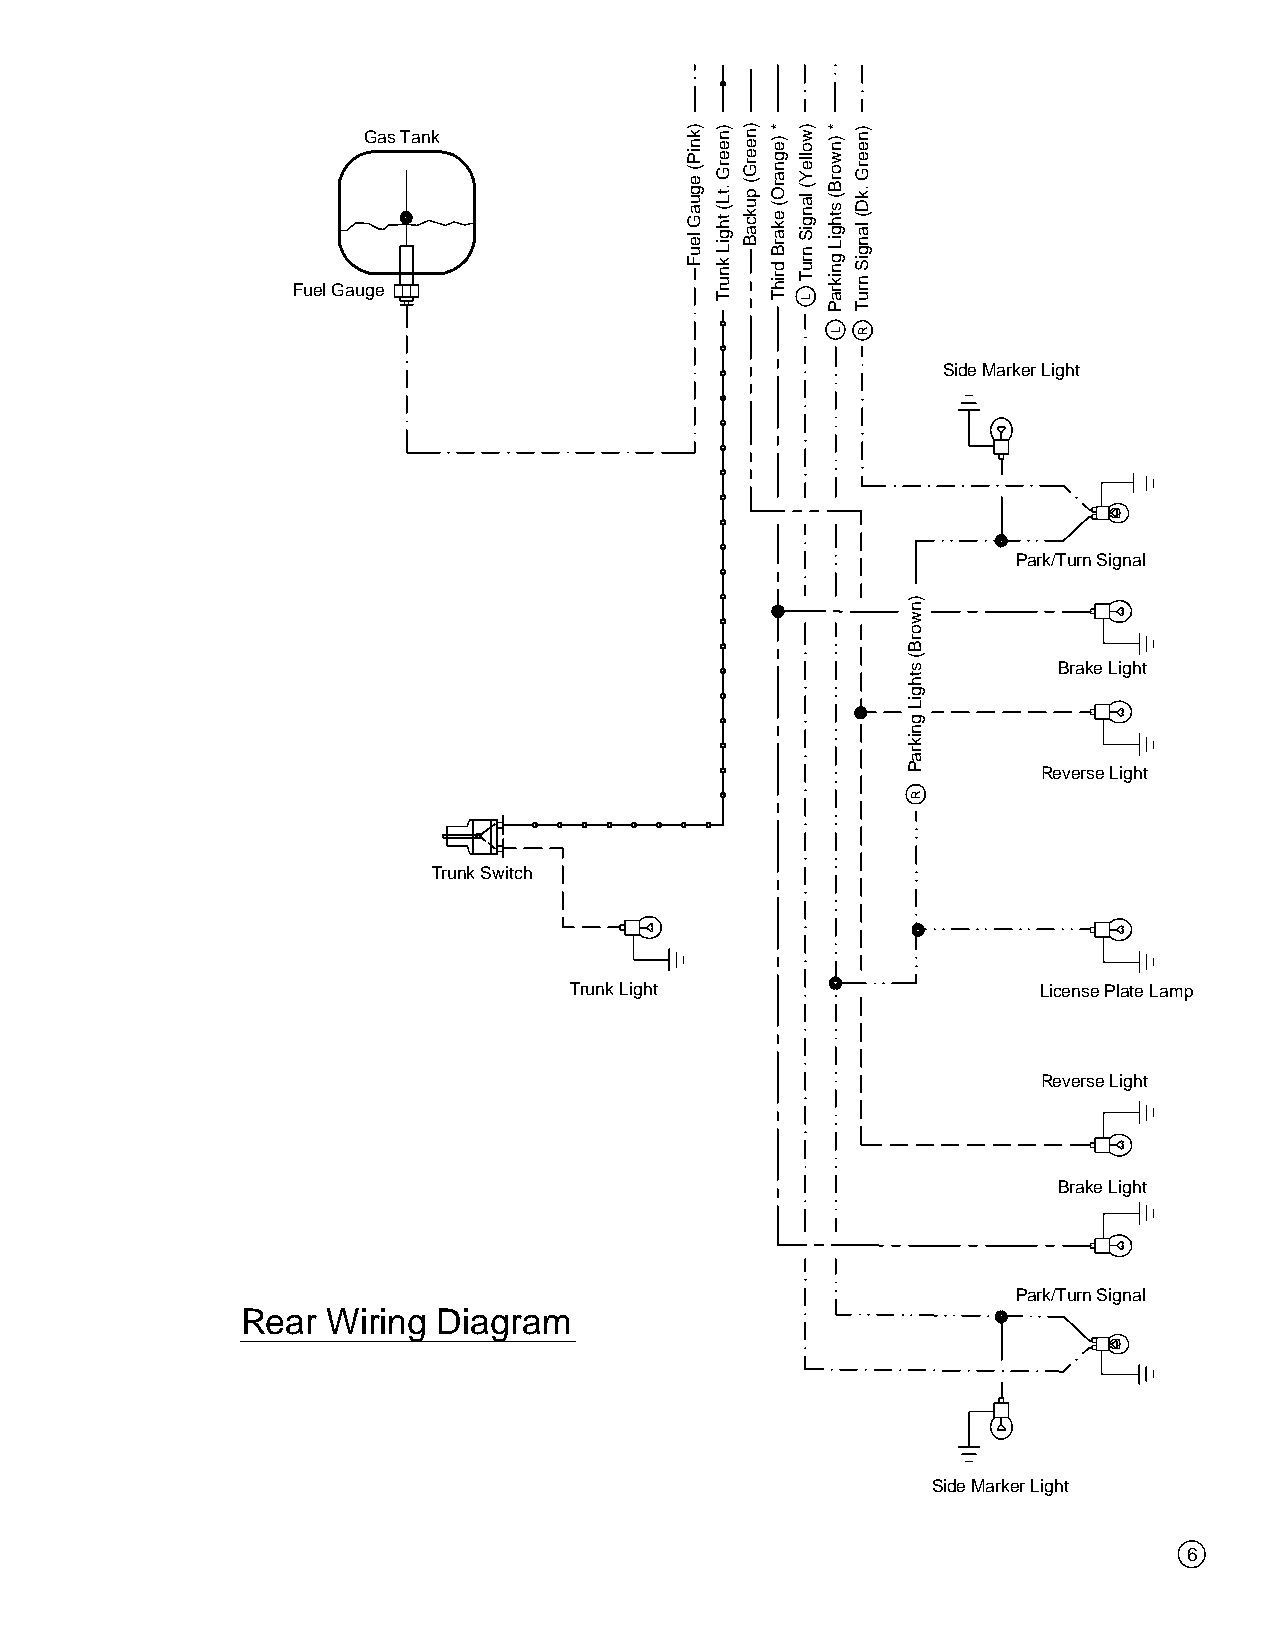
Gas Tank
 Fuel Gauge
 Side Marker Light
 Park/Turn Signal
 Brake Light
 Reverse Light
 Trunk Switch
 Trunk Light                    License Plate Lamp
 Reverse Light
 Brake Light
 Park/Turn Signal
 Rear  Wiring Diagram
 Side Marker Light
 6
 )kniP(
 eguaG
 leuF
 )neerG
 .tL(
 thgiL
 knurT
 )neerG(
 pukcaB
 * )egnarO(
 ekarB
 drihT
 )wolleY(
 langiS
 nruT
 L
 * )nworB(
 sthgiL
 gnikraP
 L
 )neerG
 .kD(
 langiS
 nruT
 R
 )nworB(
 sthgiL
 gnikraP
 R